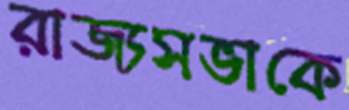
রাজ্যসভাকে